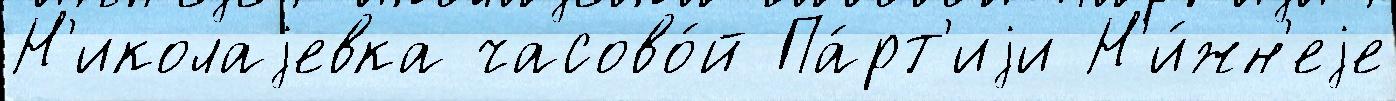
Н'иколаjевка часово́й Па́рт'иjи Н'и́жн'еjе